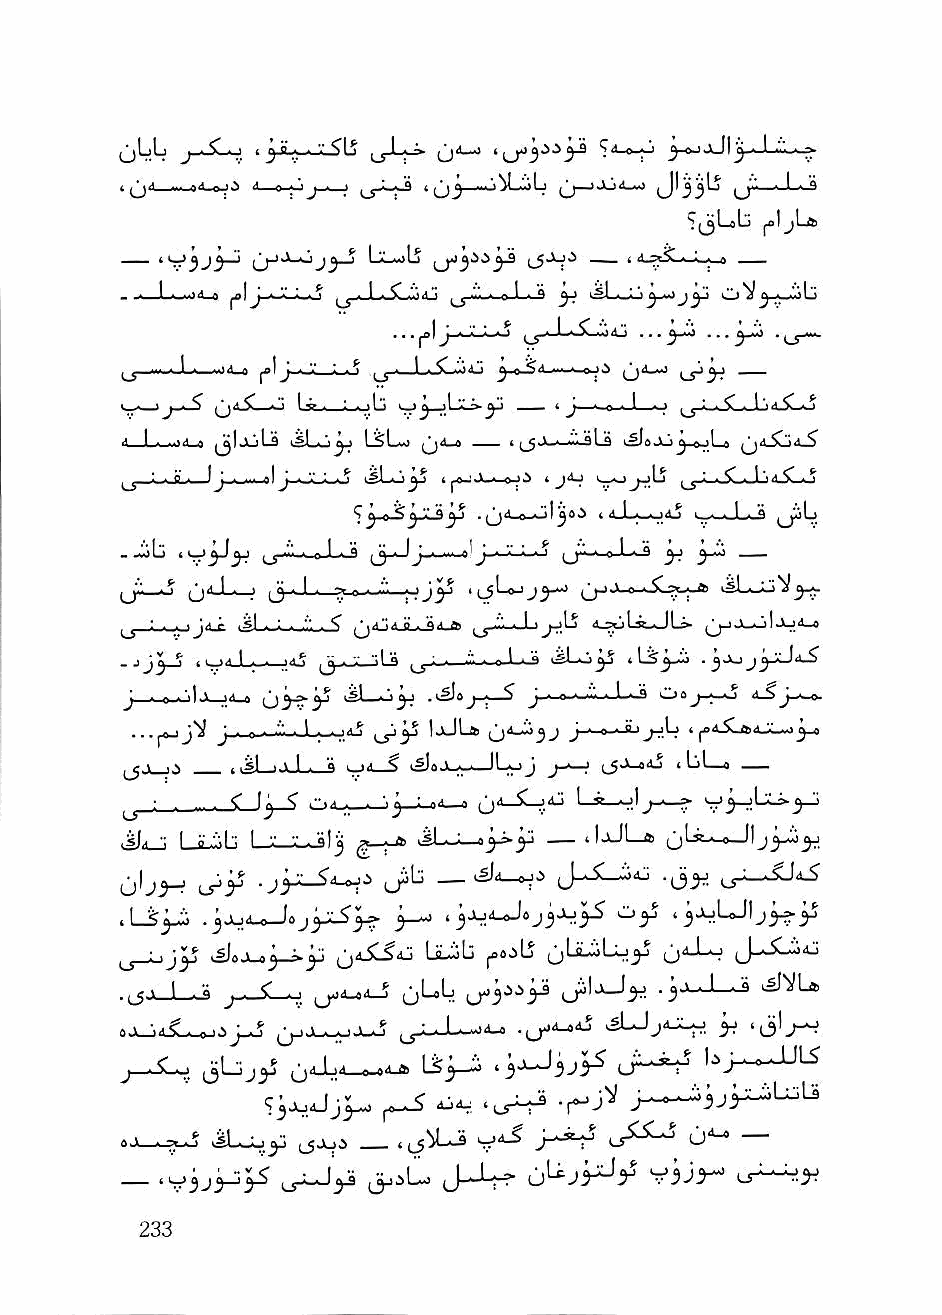
(jljlj ^»-SLo i j) 0 n V^lj      0 > I j-e-J-AJI^- 1 '■'■•i.;^
 .i_9_o                     JI33U
 ^IjLoLj Jijb
 __       ^^j-J-i—-'1 * |jL~)lj __ i  • Li_» __
 . . 1 .,..14 a ^1J i.o ^i_LiJC.'jaIS ^^ -"■■ • 9 1 ■ ^ ^ O V^-A_a!.jL)
 ^_5.J_X:i4:; ...^ ...^
 ^_J J-—»i-o      ^j-wLiLjdJ  ... ■       —
 i,_._i J-^ '^" ^ ° ■ ■ ■ ;l" '..'J ,'} "'" ^ — '3 . 0 . 1 o
 1 • f i^IjuLb v^I-aU ^ L^LaO t ^_5A>—■— Ls e-^L^
 ^ ' ■ ^j ■ ■ ■ aI vMI—A-i^ i jAJiA— i ^    ^ C . ^
 ^        . qA a  ( i1-L-_..j4j i_^—J_.l9
 ..^^bb   (_s-^ ^ I . a J-jJiS-jJ (jV- ■ 0 I ■ B ^ __
 q'.,'.— ^jiiJ__j ijj •, I I, > B
 cr—' 6
 ; . . . Ja ; ,'il , : . n . OA «.    ^^J_l Jk,#-} I JLj d_6
 .jJ^_5 tVA_L.- ,id^ (J-aJLJLb —■^-.-a.l.ij .^.Xj
 J . e,.'il,>, M     .i^Oj « J, . o ■ ■'■■ ■ I • B 0»j-A—o <1_S
 ...jOjj"^ J ■ 0 ■ ■'" ■ ^ ■ ■ ' A ^ XS^ ^ !jJLa J • e.A 8 I J-A.b t iftii1-V-.i'ii j-c
 - .si i.v 1 . a . _.A ^ —IbyJ ^a_eid t bl_o
 ^_'    < [^ < Od-A—j-jj—Ljid_o L®_aj1
 I °M" L-X—X-Jl^ JLj.       »laJl—« ^jLstA-o-Jlj^y
 ^1               Jib _              .^3y ,_;.^-X(45
 .LS^              3-^
 ^_j_L)JIj .sI- ' ,3 ~3 ' buob joajb ^jlJLiL-;y ij^-b-a JXAOij
 y ^a_aa_S (jL. b . A .. . . '»3 ^ . I .. ^rvii
 kSUjaJXy y .(jlj—;
 ^;—.5I0    ^Jd_L4_-^_0d-tt Ls^-^ '3-^3J3^ bj-^^l-JJU
 "^^yxJjyA. ^ xi-m 'Lf^  j^_o^3jyLbL::iU
 6,v . Ti .* kSb-LiJ (_5J->-J — » "-r^^ ''' ' 0*^
 _  .y3jj3^           JJ^